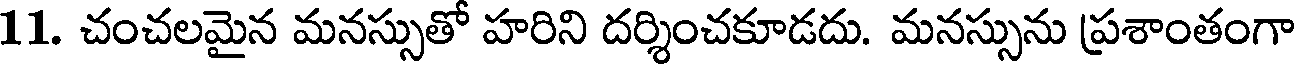
11. చంచలమైన మనస్సుతో హరిని దర్శించకూడదు. మనస్సును ప్రశాంతంగా